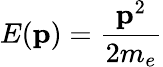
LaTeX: E(\mathbf{p})=\frac{\mathbf{p}^{2}}{2m_{e}}